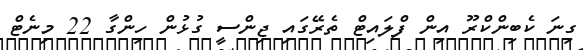
ގިނަ ކެބިންކްރޫ އިން ފްލައިޓް ތެރޭގައި ޖިންސީ ގުޅުން ހިންގާ 22 މިނެޓް